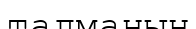
талманың